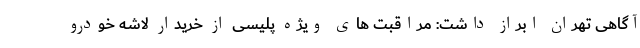
آگاهی تهران ابراز داشت: مراقبت های ویژه پلیسی از خریدار لاشه خودرو